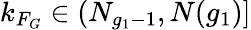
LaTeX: k_{F_{G}}\in(N_{g_{1}-1},N(g_{1})]